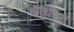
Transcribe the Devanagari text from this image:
थव्याला